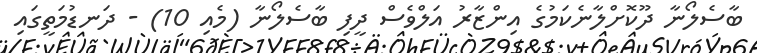
ބާސެލޯނާ ދޫކޮށްލާނެކަމުގެ އިންޒާރު އަލްވެސް ދީފި ބާސެލޯނާ (މެއި 10) - ދަނޑުމަތީގައި